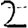
Digit: 2